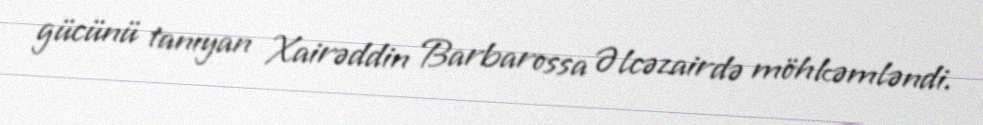
gücünü tanıyan Xairəddin Barbarossa Əlcəzairdə möhkəmləndi.